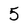
Character: 5